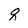
Character: q